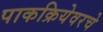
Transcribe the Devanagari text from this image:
पाकक्रियेवरचे